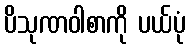
ပိသုဏဝါစာကို ပယ်ပုံ